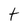
Character: t